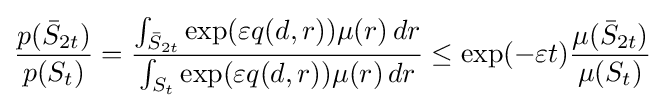
{\frac {p({\bar {S}}_{2t})}{p(S_{t})}}={\frac {\int _{{\bar {S}}_{2t}}\exp(\varepsilon q(d,r))\mu (r)\,dr}{\int _{S_{t}}\exp(\varepsilon q(d,r))\mu (r)\,dr}}\leq \exp(-\varepsilon t){\frac {\mu ({\bar {S}}_{2t})}{\mu (S_{t})}}